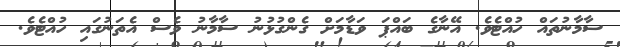
ސާމާނުތައް ހުއްޓެވެ. އޭނާގެ ބައްޕަ ވަޑާމަށް ގެންގުޅުނު ސާމާނު ވެސް އެތަނުގައި ހުއްޓެވެ.